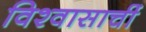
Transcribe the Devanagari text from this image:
विश्वासाचीं